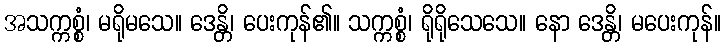
အသက္ကစ္စံ၊ မရိုမသေ။ ဒေန္တိ၊ ပေးကုန်၏။ သက္ကစ္စံ၊ ရိုရိုသေသေ။ နော ဒေန္တိ၊ မပေးကုန်။